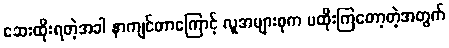
ဆေးထိုးရတဲ့အခါ နာကျင်တာကြောင့် လူအများစုက မထိုးကြတော့တဲ့အတွက်